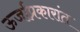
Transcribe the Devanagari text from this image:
ऊर्जाप्रकारांत